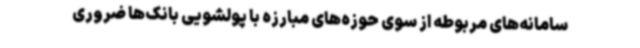
سامانه‌های مربوطه از سوی حوزه‌های مبارزه با پولشویی بانک‌ها ضروری